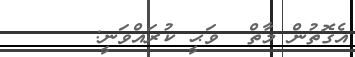
އެގޮތުން މާތް  ވަޙީ ކުރައްވަނީ: